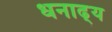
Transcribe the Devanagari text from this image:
धनाढ्‍य